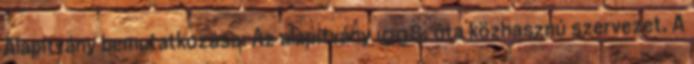
Alapítvány bemutatkozása: Az alapítvány 1998. óta közhasznú szervezet. A